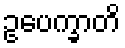
ဥပေက္ခာတိ